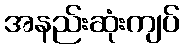
အနည်းဆုံးကျပ်